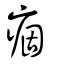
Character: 痼